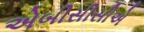
એબીસીસીએ